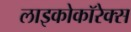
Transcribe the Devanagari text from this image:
लाइकोकॉरेक्स